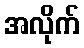
အလိုက်